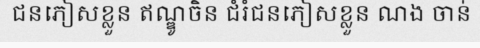
ជនភៀសខ្លួន ឥណ្ឌូចិន ជំរំជនភៀសខ្លួន ណង ចាន់